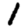
Digit: 1